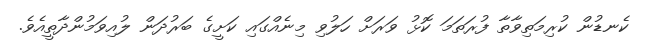
ކެނޑުން ކުރިމަތިވާތާ ފުރަތަމަ ކޮޅު ވަރަށް ހަލުވި މިނެއްގައި ކަށީގެ ބަރުދަން ލުއިވަމުންދާތީއެވެ.